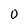
Character: 0